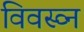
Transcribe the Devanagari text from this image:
विवस्व्न